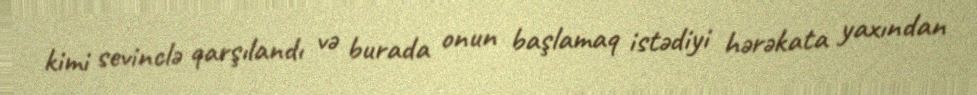
kimi sevinclə qarşılandı və burada onun başlamaq istədiyi hərəkata yaxından